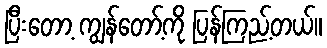
ပြီးတော့ ကျွန်တော့်ကို ပြန်ကြည့်တယ်။